Annual report on the Civil Veterinary Department, Burma (including the Insein Veterinary School) - 1910-1922
Year: 1910
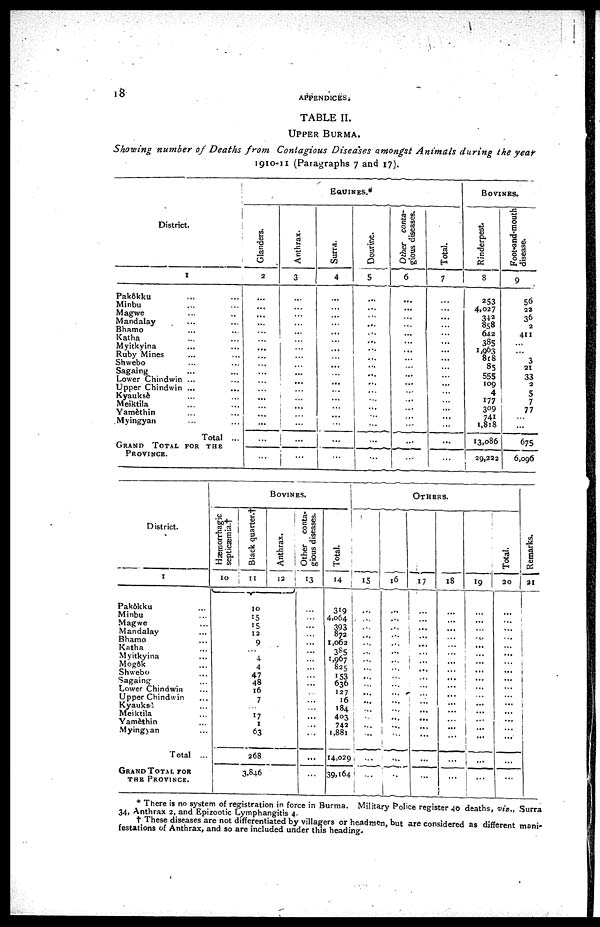
18
APPENDICES.
TABLE II.
UPPER BURMA.
Showing number of Deaths from
Contagious Diseases amongst Animals during the year
1910-11 (Paragraphs 7 and 17).
District.
1
Pakôkku ... ...
Minbu ... ...
Magwe ... ...
Mandalay ... ...
Bhamo ... ...
Katha ... ...
Myitkyina ... ...
Ruby Mines
Shwebo ... ...
Sagaing ... ...
Lower Chindwin ... ...
Upper Chindwin ... ...
Kyauksè ... ...
Meiktila ... ...
Yamèthin ... ...
Myingyan ... ...
Total ...
GRAND TOTAL FOR THE
PROVINCE.
EQUINES.*
Glanders.
2
...
...
...
...
...
...
...
...
...
...
...
...
...
...
...
...
...
...
Anthrax.
3
...
...
...
...
...
...
...
...
...
...
...
...
...
...
...
...
...
...
Surra.
4
...
...
...
...
...
...
...
...
...
...
...
...
...
...
...
...
...
...
Dourine.
5
...
...
...
...
...
...
...
...
...
...
...
...
...
...
...
...
...
Other conta-
gious diseases.
6
...
...
...
...
...
...
...
...
...
...
...
...
...
...
...
...
...
...
Total.
7
...
...
...
...
...
...
...
...
...
...
...
...
...
...
...
...
...
...
BOVINES.
Rinderpest.
8
253
4,027
342 858
642
385
1,963
8rS
85
555
109
4
177
309
741
1,818
13,086
29,222
Foot-and-mouth
disease.
9
56
22
36
2
411
...
...
3
21
33
2
5
7
77
...
...
675
6,096
District.
1
Pakôkku ...
Minbu ...
Magwe ...
Mandalay ...
Bhamo ...
Katha ...
Myitkyina ...
Mogôk ...
Shwebo ...
Sagaing ...
Lower Chindwin ...
Upper Chindwin ...
Kyauksè ...
Meiktila ...
Yamèthin ...
Myingyan ...
Total ...
GRAND TOTAL FOR
THE PROVINCE.
BOVINES.
Hæmorrhagic
septicæmia.†
10
Black quarter.†
11
10
15
15
12
9
...
4
4
47
48
16
7
...
17
1
63
268
3,846
Anthrax.
12
Other conta-
gious diseases.
13
...
...
...
...
...
...
...
...
...
...
...
...
...
...
...
...
...
...
Total.
14
319
4,064
393
872
1,002
385
1,967
825
153
636
127
16
184
403
742
1,881
14,029
39,164
OTHERS.
15
...
...
...
...
...
...
...
...
...
...
...
...
...
...
...
...
...
...
16
...
...
...
...
...
...
...
...
...
...
...
...
...
...
...
...
...
.. ...
17
...
...
...
...
...
...
...
...
...
...
...
...
...
...
...
...
...
...
18
...
...
...
...
...
...
...
...
...
...
...
...
...
...
...
...
...
...
19
...
...
..
...
...
...
...
......
...
...
...
...
...
...
...
...
...
Total.
20
...
...
...
...
...
...
...
...
...
...
...
...
...
...
...
...
...
...
Remarks.
21
* There is no system of registration in force in Burma. Military Police register 40 deaths, viz., Surra
34, Anthrax 2, and Epizootic Lymphangitis 4.
† These diseases are not differentiated by villagers or headmen, but are considered as different mani-
festations of Anthrax, and so are included under this heading.